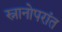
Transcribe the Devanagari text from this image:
स्नानोपरांत